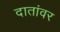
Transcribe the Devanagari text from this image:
दातांवर